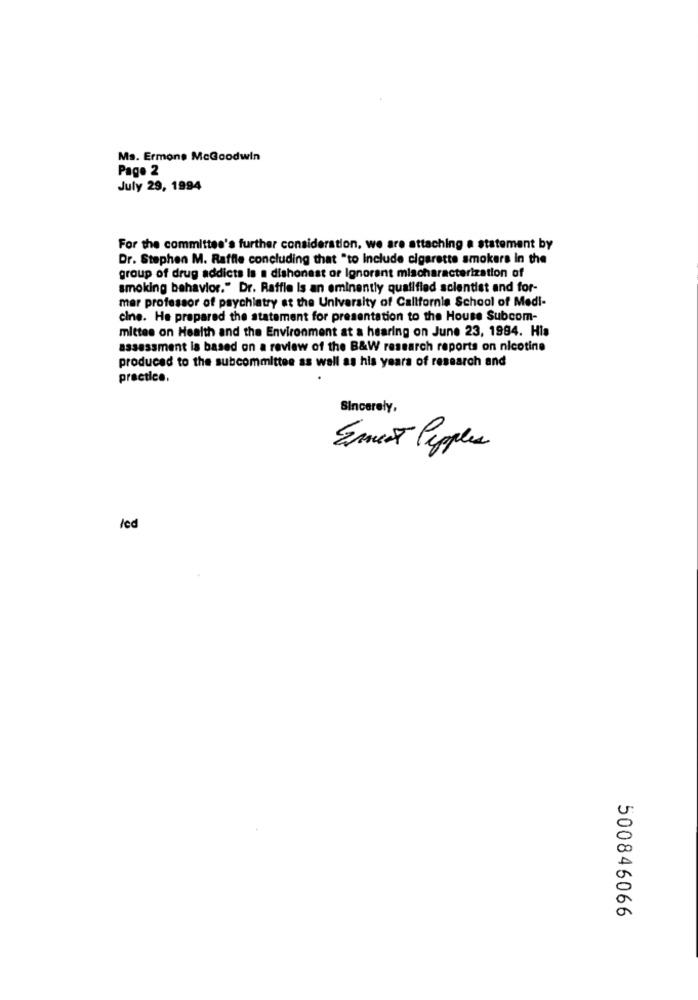
Ms. Ermone MeGoodwin
Pago 2
July 29, 1994
For the committee's further consideration, we are attaching a statement by
Dr. Stephen M. Raffle concluding that "to Include cigarette smokers in the
group of drug addicts Is a dishonest or Ignorant mischaracterization of
smoking behavior." Dr. Raffle is an eminently qualified scientist and for-
mer professor of psychiatry at the University of California School of Medi-
cine. He prepared the statement for presentation to the House Subcom-
mittee on Health and the Environment at a hearing on June 23, 1994. His
assessment la based on a review of the B&W research reports on nicotine
produced to the subcommittee as well as his years of research and
practice.
Sincerely,
Emest Pepples
led
500846066